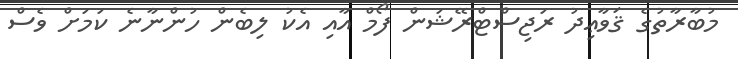
މުބާރާތުގެ ޤަވާޢިދު ރަޖިސްޓްރޭޝަން ފޯމް އާއި އެކު ލިބެން ހުންނާނެ ކަމަށް ވެސް